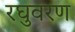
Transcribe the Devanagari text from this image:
रघुवरण